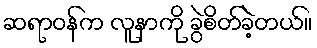
ဆရာဝန်က လူနာကို ခွဲစိတ်ခဲ့တယ်။